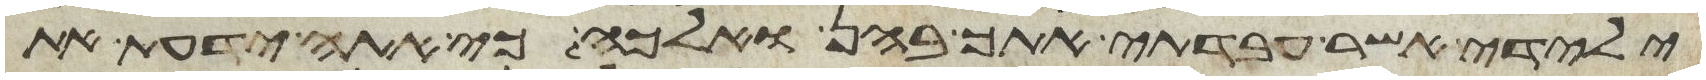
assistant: ילדי אשר עבדתי אתך בהן ואלכה כי אתה ידעת את